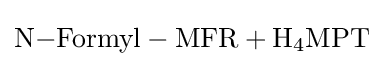
{\ce {N-Formyl - MFR + H4MPT}}